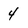
Character: 4